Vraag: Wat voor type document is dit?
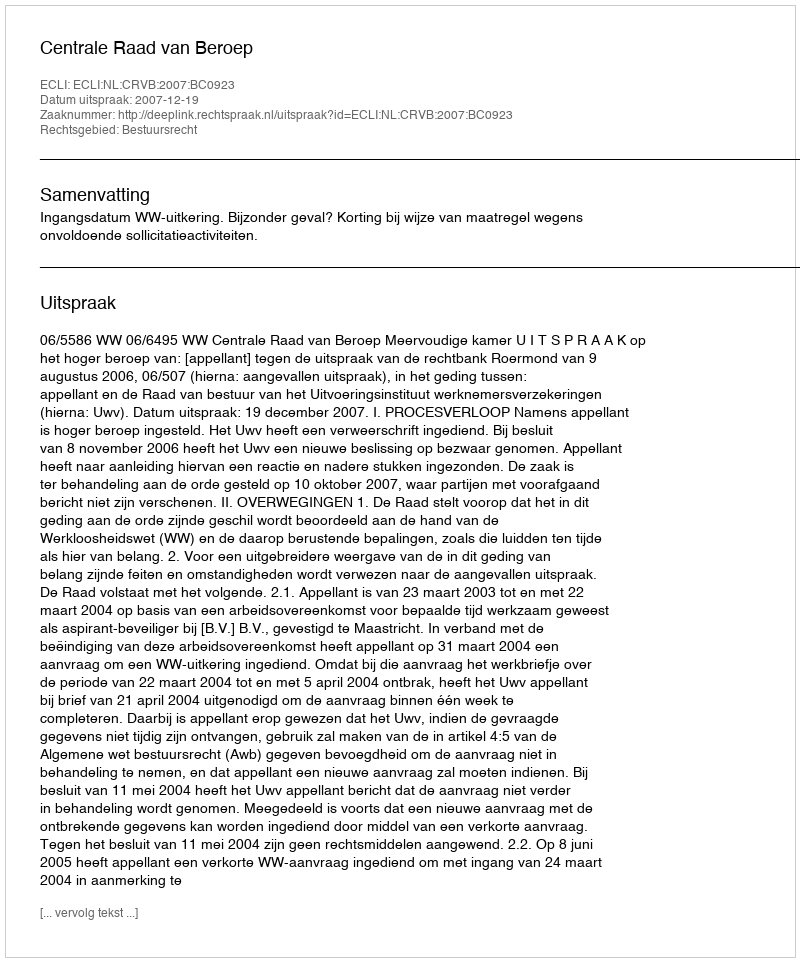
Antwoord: Uitspraak